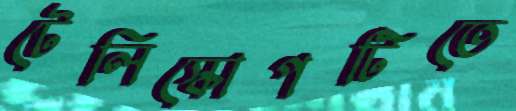
টেলিস্কোপটিতে